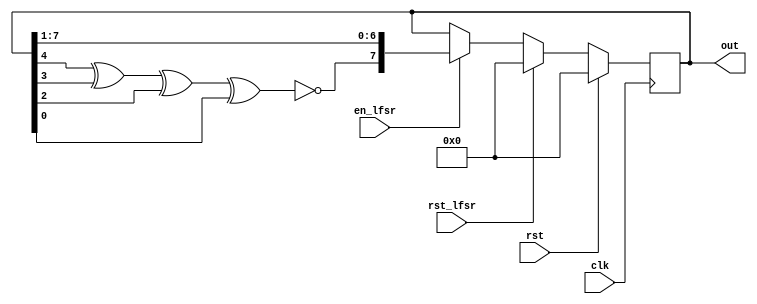
`timescale 1ns / 1ps
//////////////////////////////////////////////////////////////////////////////////


module LFSRM1(out,
              clk,
              rst,
              en_lfsr,
              rst_lfsr);
output reg[7:0] out;
input clk,
      rst,
      en_lfsr,
      rst_lfsr;
wire Q;

always @(posedge clk)
begin
 if(rst)
  out<= #3 8'b0;
 else if(rst_lfsr)
  out<= #3 8'b0;
 else if(en_lfsr)
  out<= #3 {Q,out[7:1]};  
end  


xnor(Q,out[4],out[3],out[2],out[0]);            

endmodule